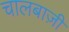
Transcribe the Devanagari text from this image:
चालबाज़ी